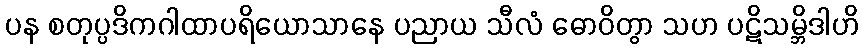
ပန စတုပ္ပဒိကဂါထာပရိယောသာနေ ပညာယ သီလံ ဓောဝိတွာ သဟ ပဋိသမ္ဘိဒါဟိ